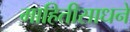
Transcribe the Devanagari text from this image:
माहितीसाधने